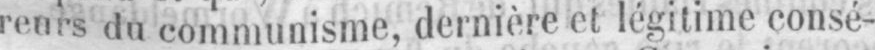
reurs du communisme dernière et légitime consé-